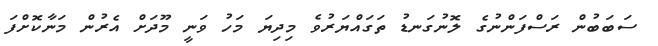
ސަބަބުން ރަސްފަންނުގެ ލޮނުގަނޑު ތަގައްޔަރުވެ މިދިޔަ މަހު ވަނީ މޫދަށް އެރުން މަނާކޮށްފަ